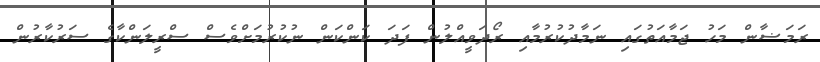
ރަމަޟާން މަހު ޖަމާއަތުގައި ނަމާދުކުރުމާއި ރޯދަވީއްލުން ފަދަ ކަންކަން ނުކުރުމަށްވެސް ސްރީލަންކާގެ ސަރުކާރުން